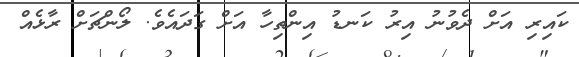
ކައިރި އަށް ދެވުނު އިރު ކަނޑު އިންތިހާ އަށް ގަދައެވެ. ލޯންޗަށް ރާޅެއް